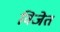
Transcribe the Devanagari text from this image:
विजेत